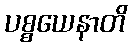
ပစ္စယေနာတိ